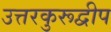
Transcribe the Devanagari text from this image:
उत्तरकुरूद्वीप